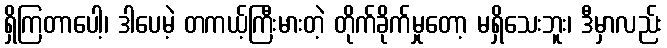
ရှိကြတာပေါ့၊ ဒါပေမဲ့ တကယ့်ကြီးမားတဲ့ တိုက်ခိုက်မှုတော့ မရှိသေးဘူး၊ ဒီမှာလည်း